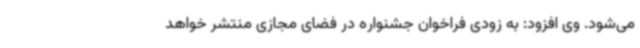
می‌شود. وی افزود: به زودی فراخوان جشنواره در فضای مجازی منتشر خواهد